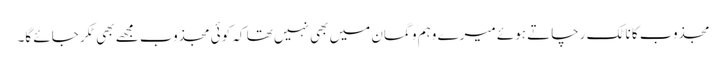
مجذوب کا ناٹک رچاتے ہوئے میرے وہم و گمان میں بھی نہیں تھا کہ کوئی مجذوب مجھے بھی ٹکر جائے گا۔